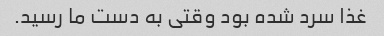
غذا سرد شده بود وقتی به دست ما رسید.